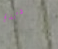
موسيقاك